Language: tamil
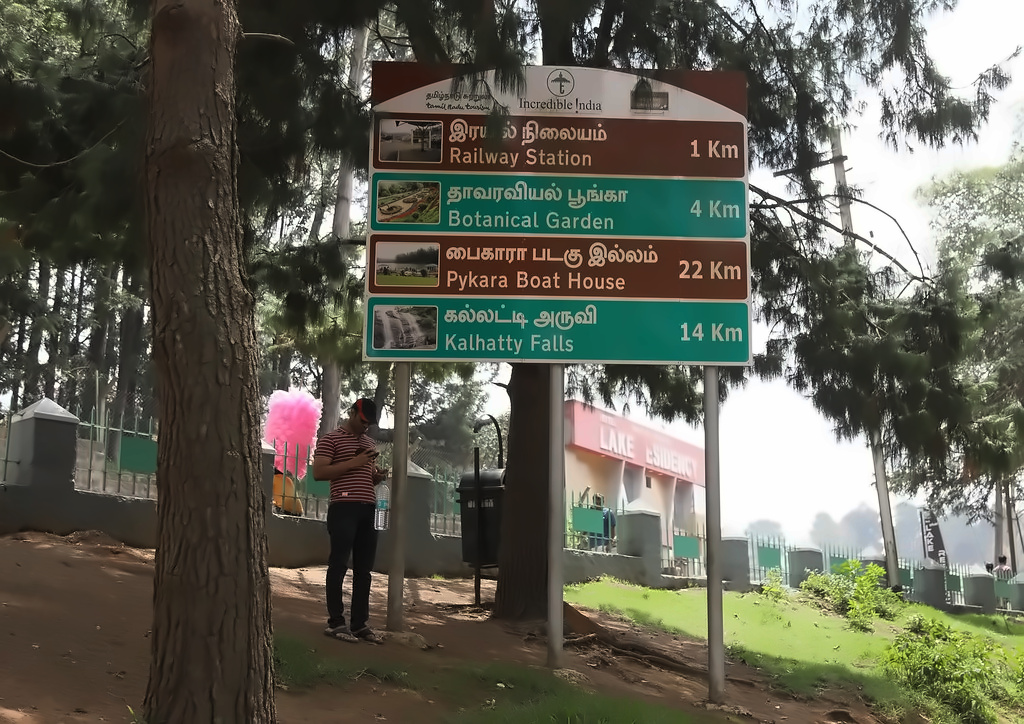
Transcription: நிலையம் தாவரவியல் பூங்கா பைகாரா படகு இல்லம் கல்லட்டி அருவி